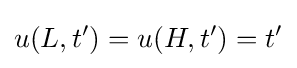
u(L,t')=u(H,t')=t'